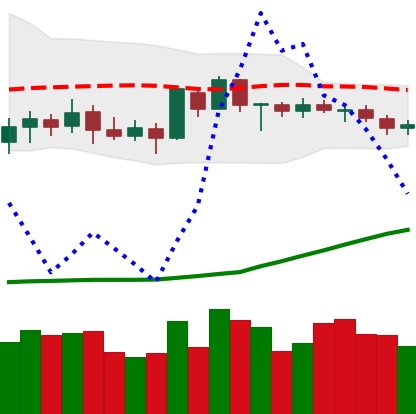
Ticker: BTC-USD
Chart end date: 2020-07-17
Forward return: 4.087%
Label: up_3_5